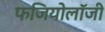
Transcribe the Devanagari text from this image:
फजियोलॉजी